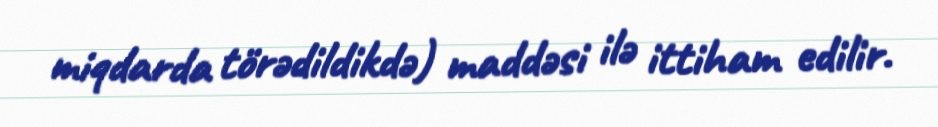
miqdarda törədildikdə) maddəsi ilə ittiham edilir.